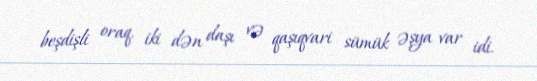
beşdişli oraq, iki dən daşı və qaşıqvari sümük əşya var idi.